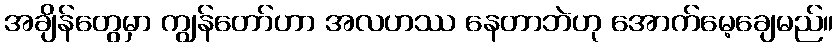
အချိန်တွေမှာ ကျွန်တော်ဟာ အလဟဿ နေတာဘဲဟု အောက်မေ့ချေမည်။